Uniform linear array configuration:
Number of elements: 32
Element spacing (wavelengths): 1
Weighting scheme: uniform
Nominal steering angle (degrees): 0
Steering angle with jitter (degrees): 1.741
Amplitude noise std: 0.05
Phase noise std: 0.05

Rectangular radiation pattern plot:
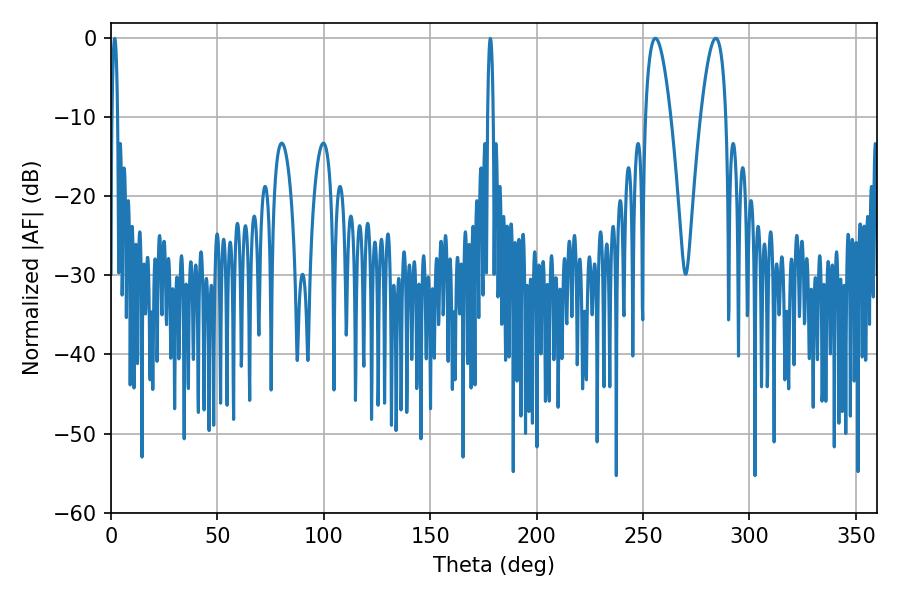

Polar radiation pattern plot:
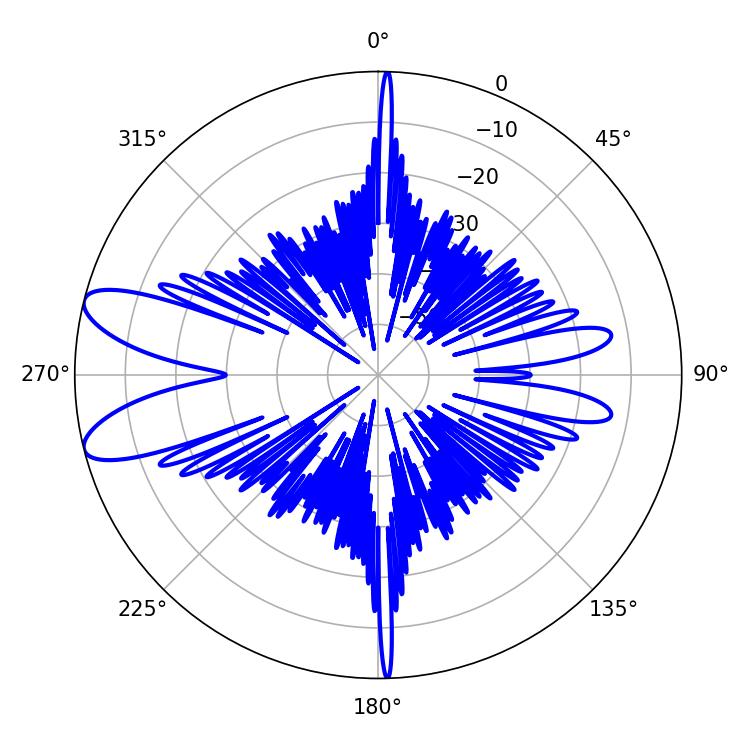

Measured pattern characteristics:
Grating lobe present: TRUE
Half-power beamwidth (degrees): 6.48
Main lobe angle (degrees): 255.78